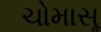
ચોમાસૂ